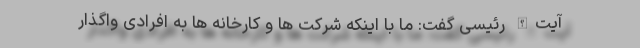
آیت‌الله رئیسی گفت: ما با اینکه شرکت ها و کارخانه ها به افرادی واگذار